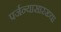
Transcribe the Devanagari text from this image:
पर्जन्यासारख्या